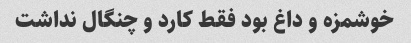
خوشمزه و داغ بود فقط کارد و چنگال نداشت